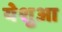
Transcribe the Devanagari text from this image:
येशुआ